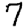
Digit: 7